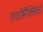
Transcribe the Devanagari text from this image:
एयरोमैक्सिको